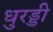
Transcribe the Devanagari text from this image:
धुरड्डी